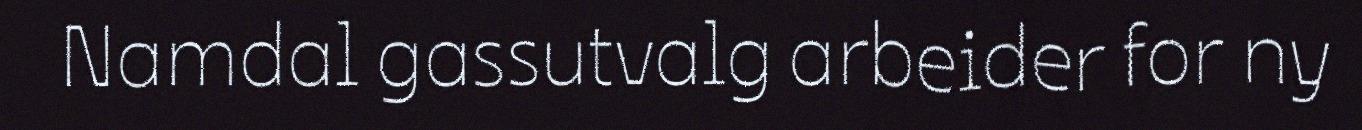
Namdal gassutvalg arbeider for ny